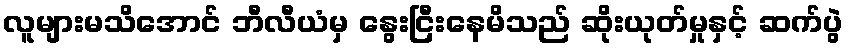
လူများမသိအောင် ဘီလီယံမှ နွေးငြီးနေမိသည် ဆိုးယုတ်မှုနှင့် ဆက်ပွဲ